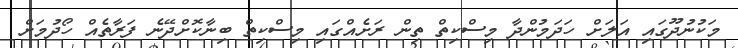
މަކުނުދޫގައި އަލަށް ހަދަމުންދާ މިސްކިތް ތިން ރަށެއްގައި މިސްކިތް ބިނާކޮށްދޭނެ ފަރާތެއް ހޯދުމަށް